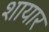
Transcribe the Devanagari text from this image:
शायार